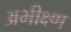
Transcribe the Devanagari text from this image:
अभीक्ष्ण